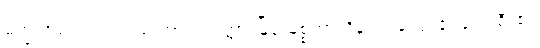
မက္ခရာမင်းသားသည် ကာလကတ္တားမြို့မှ မစ္စတာလိန်းက ကျေးဇူးပြု၍၊ ရီး၏